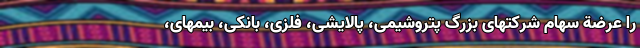
را عرضة سهام شرکتهای بزرگ پتروشیمی، پالایشی، فلزی، بانکی، بیمهای،